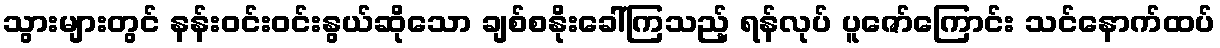
သွားများတွင် နန်းဝင်းဝင်းနွယ်ဆိုသော ချစ်စနိုးခေါ်ကြသည့် ရန်လုပ် ပူဇော်ကြောင်း သင်နောက်ထပ်